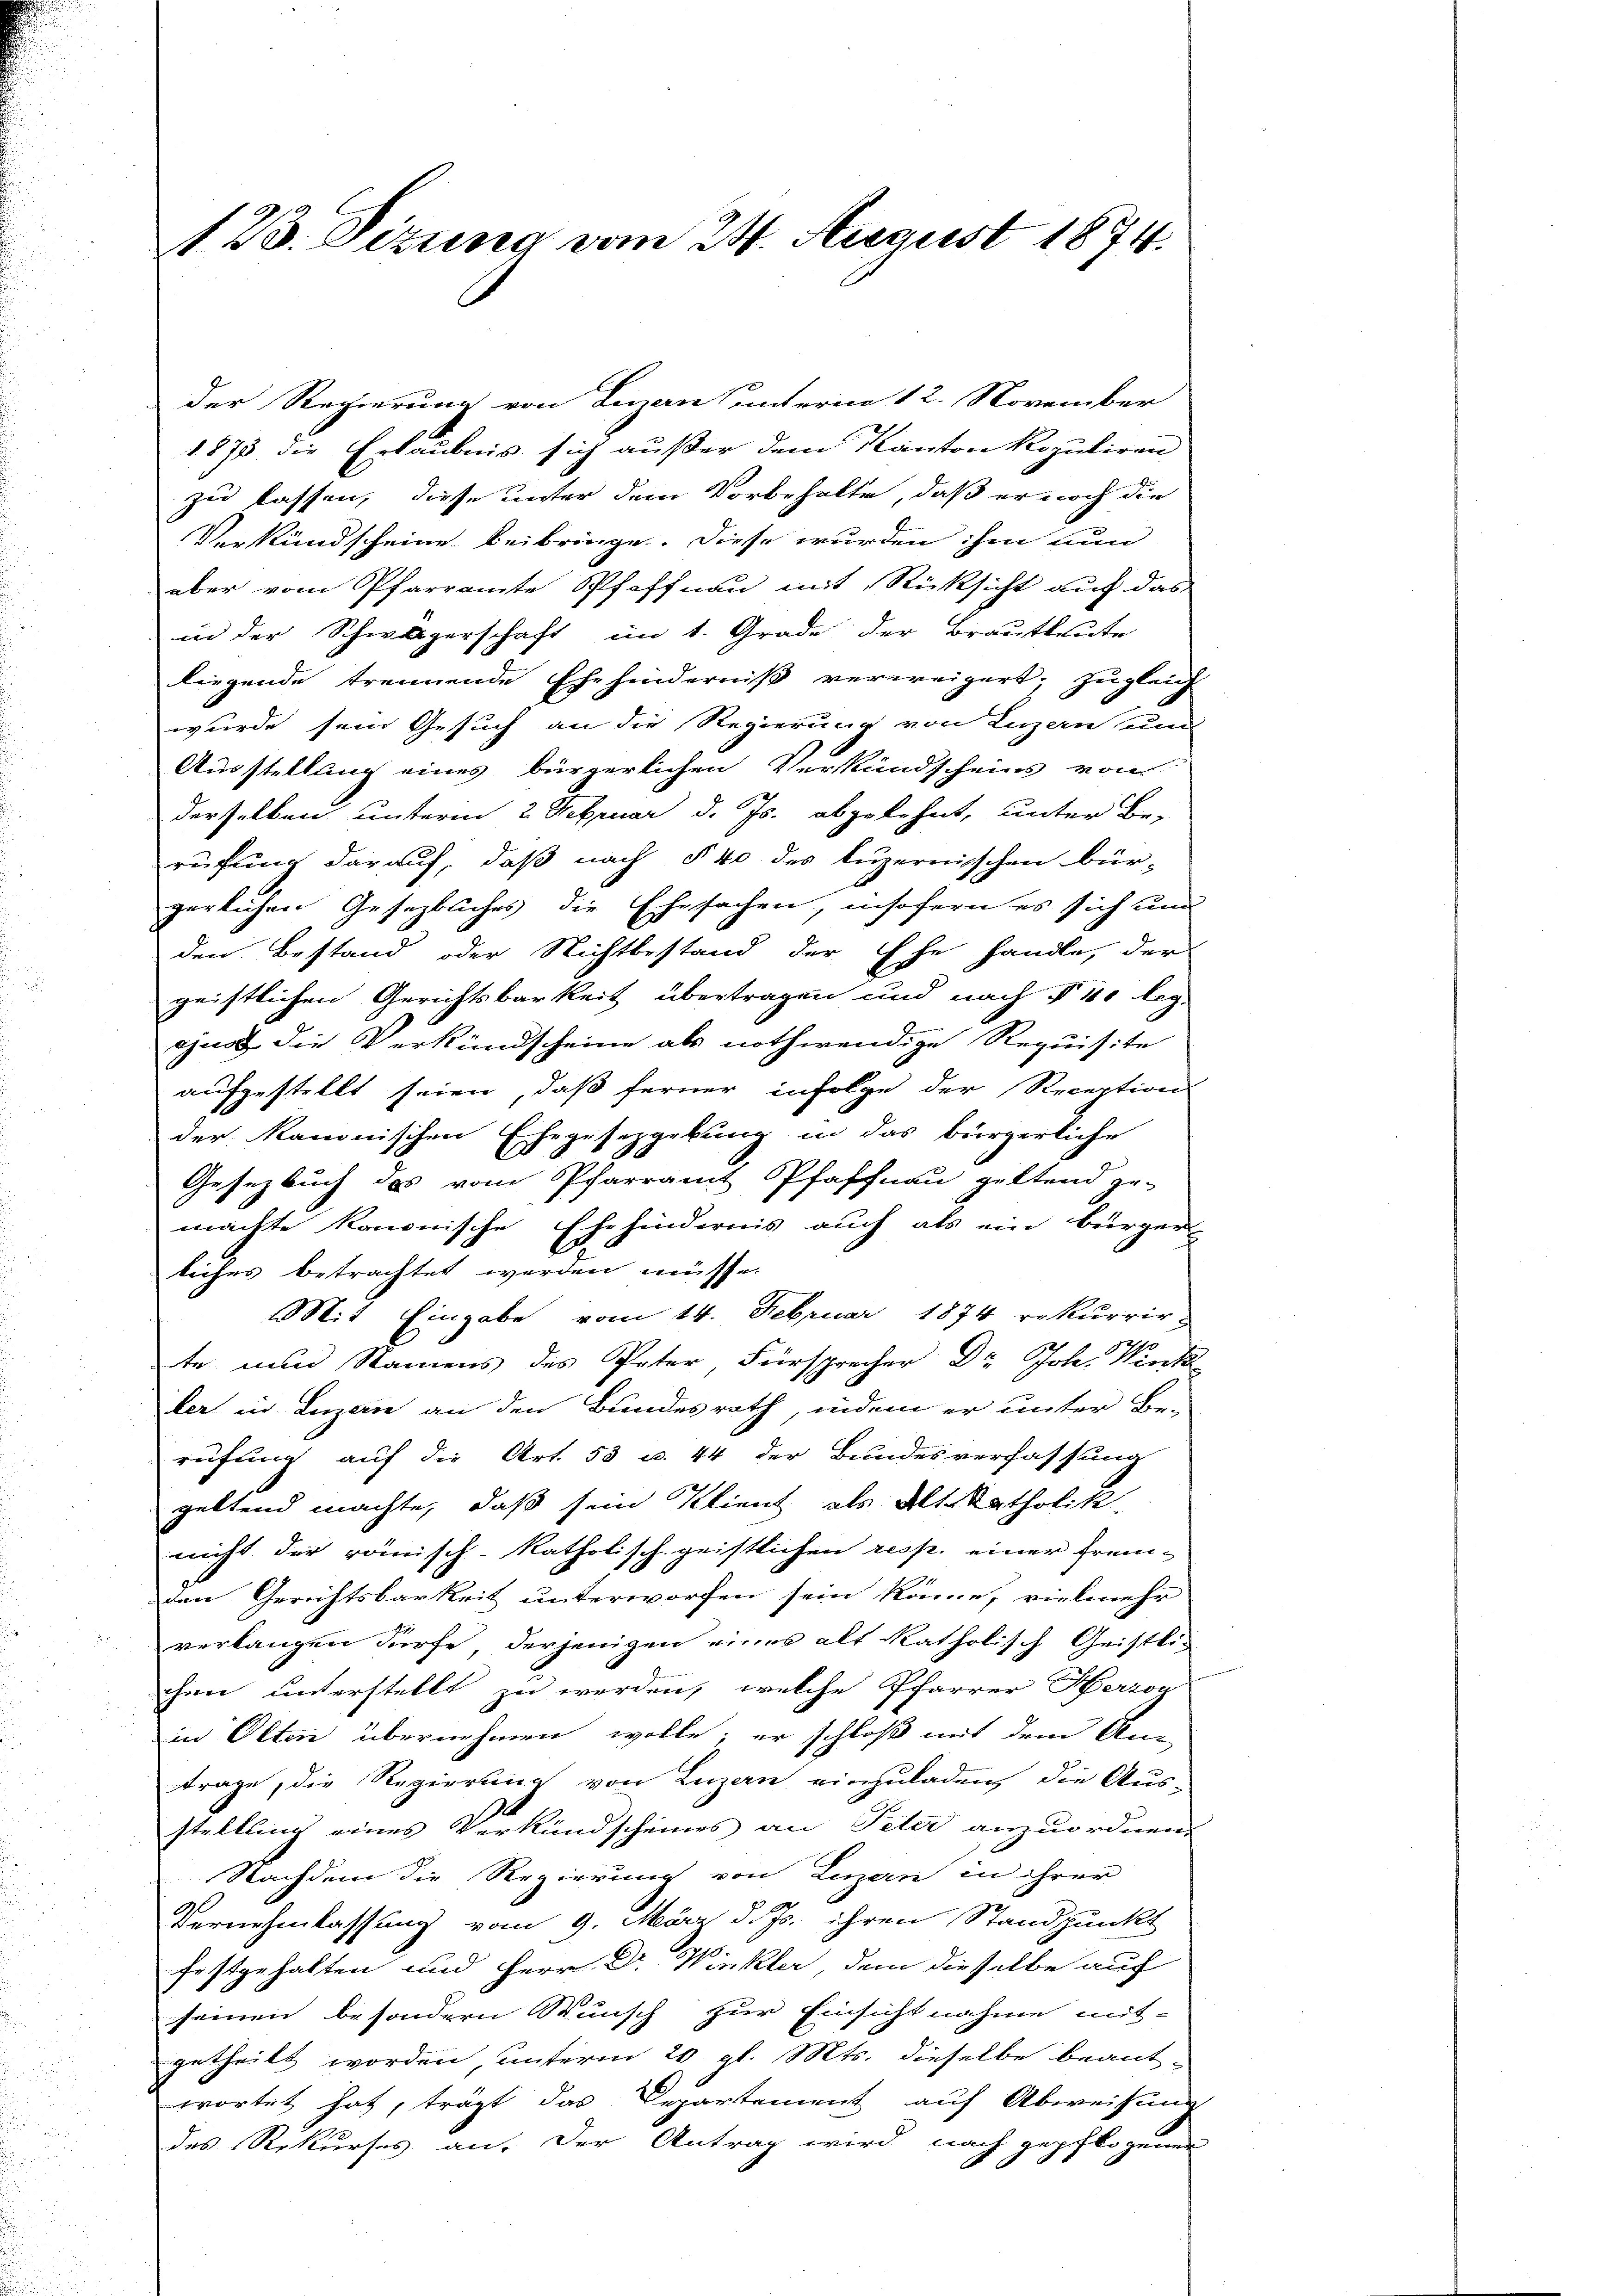
123. Sizung vom 24. August 1874.

der Regierung von Lizan unterm 12. November
1875 die Erlaubnis sich außer dem Kanton Ropuliren
zu lassen, diese unter dem Vorbehalte, daß er noch die
Verkündscheine beibringe. Diese wurden ihm nun
aber vom Pfarramte Pfiffnau mit Rücksicht auf das
in der Schwägerschaft im 1. Grade der Brautleute
liegende trennende Ehehinderniß verweigert; zugleich
wurde sein Gesuch an die Regierung von Luzern und
Ausstellung eines bürgerlichen Verkundscheins von
derselben unterm 2. Februar d. Js. abgelehnt, unter Be-
rufung darauf, daß nach § 40 des luzernischen bür-
gerlichen Gesezbliches die Ehesachen, insofern es sich und
den Bestand oder Nichtbestand der Ehe handle, der
geistlichen Gerichtsbarkeit übertragen und nach § 40 leg-
ajus die Verkündscheine als nothwendige Requisite
aufgestellt seien, daß ferner infolge der Reception
der kanonischen Ehegesetzgebung in das bürgerliche
Gesetzbuch des vom Pfarramt Pfaffnau geltend ge-
machte kanonische Ehehindernis auch als ein bürger-
liches betrachtet werden müsse.
Mit Eingabe vom 14. Februar 1874 rekurrirte nun Namens des Peter Fürsprecher Dr. Joh. Wink
ler in Luzern an den Bundesrath, indem er unter Be-
rufung auf die Art. 53 u. 44 der Bundesverfassung
geltend machte, daß sein Klient als Alt-Katholik
nicht der römisch-katholisch geistlichen resp. einer frem-
den Gerichtsbarkeit unterworfen sein könne, vielmehr
verlangen dürfe, derjenigen eines alt katholisch Geistli-
chen unterstellt zu werden, welche Pfarrer Herzog
in Olten übernehmen wolle; er schloß mit dem Antrage, die Regierung von Luzern einzuladen, die Aus-
stellling eines Verkündscheines an Peter anzuordnen.
Nachdem die Regierung von Luzern in ihrer
Vernehmlassung vom 9. März d. Js. ihren Standpunkt
festgehalten und Herr Dr. Winkler, dem dieselbe auch
seinen besondern Wunsch zur Einsichtnahme mit-
getheilt worden, unterm 20. gl. Mts. dieselbe beant-
wortet hat, trägt das Departement auf Abweisung
des Rekurses an. Der Antrag wird nach gepflogener